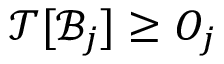
\mathcal { T } [ \mathcal { B } _ { j } ] \geq O _ { j }